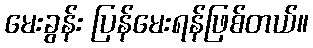
မေးခွန်း ပြန်မေးရန်ဖြစ်တယ်။